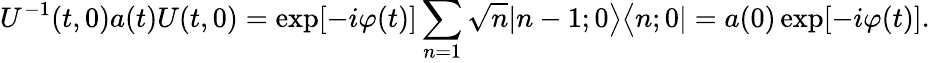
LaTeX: U^{-1}(t,0)a(t)U(t,0)=\exp[-i\varphi(t)]\sum_{n=1}\sqrt{n}|n-1;0\bigr>\bigl<n;0|=a(0)\exp[-i\varphi(t)].